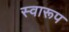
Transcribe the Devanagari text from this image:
स्वारूप